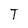
Character: T